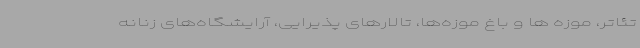
تئاتر، موزه ها و باغ موزه‌ها، تالارهای پذیرایی، آرایشگاه‌های زنانه